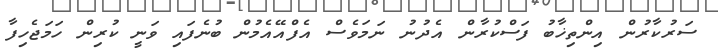
ސަރުކާރުން އިންތިޚާބު ފަސްކުރާން އެދުނު ނަމަވެސް އެފްއޭއެމުން ބުނެފައި ވަނީ ކުރިން ހަމަޖެހިފާ